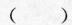
( )